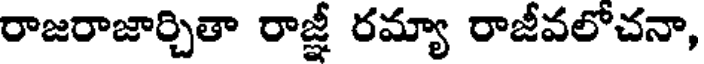
రాజరాజార్చితా రాజ్ఞీ రమ్యా రాజీవలోచనా,